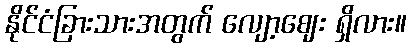
နိုင်ငံခြားသားအတွက် လျော့ဈေး ရှိလား။